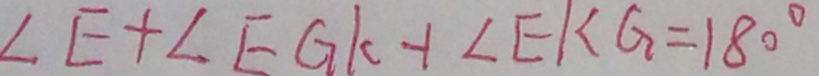
\angle E + \angle E G K + \angle E K G = 1 8 0 ^ { \circ }